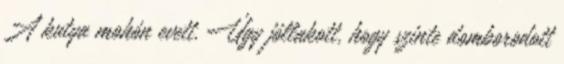
A kutya mohón evett. Úgy jóllakott, hogy szinte domborodott